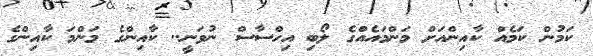
ކަމުން ކަމެއް ކާއިންއަށް މަންމައެއްގެ ލޯބި އިހްސާސް ނުވަނީ.. ކާއިންގެ މަންމަ ކާއިންގެ